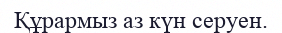
Құрармыз аз күн серуен.